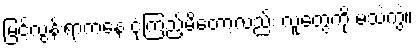
မြင့်လွန်းရာကနေ ငုံ့ကြည့်မိတော့လည်း လူတွေကို မသဲကွဲ။